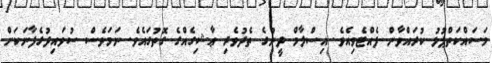
މަސައްކަތްޕުޅު ކުރައްވާން ފެއްޓެވިއެވެ. އިސްލާމް ދީނުގެ ތެދުވެރި ޢާޝިގެއްގެ ގޮތުގައެވެ. ނަމަވެސް ސުވައިދުގެފާނަކަށް